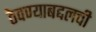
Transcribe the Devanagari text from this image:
ठेवण्याबद्दलची